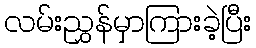
လမ်းညွှန်မှာကြားခဲ့ပြီး